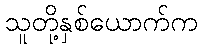
သူတို့နှစ်ယောက်က